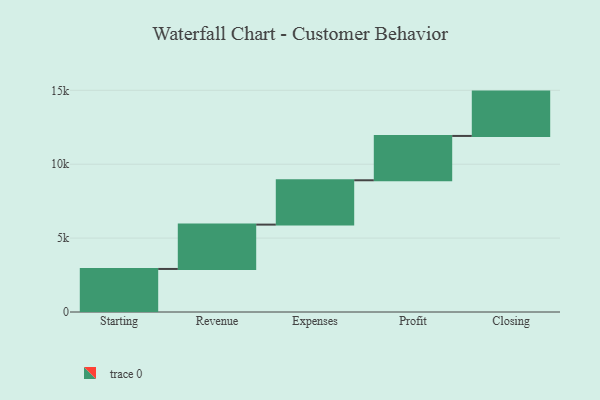
{"axis": {"x": "Step", "y": "Value"}, "legend": [""], "data": [{"x": "Starting", "y": 2913.0, "type": ""}, {"x": "Revenue", "y": 3000, "type": ""}, {"x": "Expenses", "y": 3000, "type": ""}, {"x": "Profit", "y": 3000, "type": ""}, {"x": "Closing", "y": 3000, "type": ""}]}